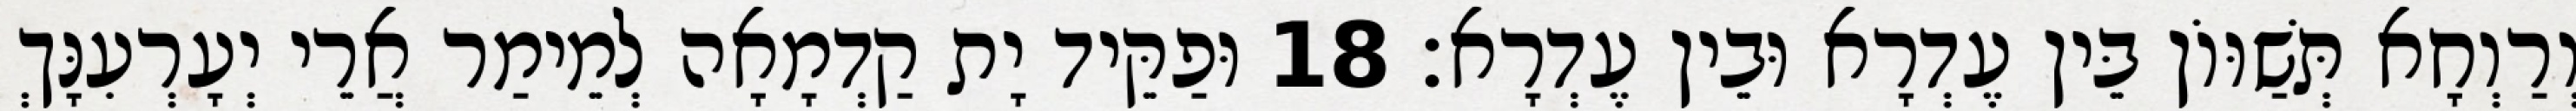
וְרַוְחָא תְּשַׁוּוֹן בֵּין עֶדְרָא וּבֵין עֶדְרָא׃ 18 וּפַקֵּיד יָת קַדְמָאָה לְמֵימַר אֲרֵי יְעָרְעִנָּךְ